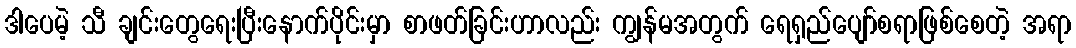
ဒါပေမဲ့ သီ ချင်းတွေရေးပြီးနောက်ပိုင်းမှာ စာဖတ်ခြင်းဟာလည်း ကျွန်မအတွက် ရေရှည်ပျော်စရာဖြစ်စေတဲ့ အရာ